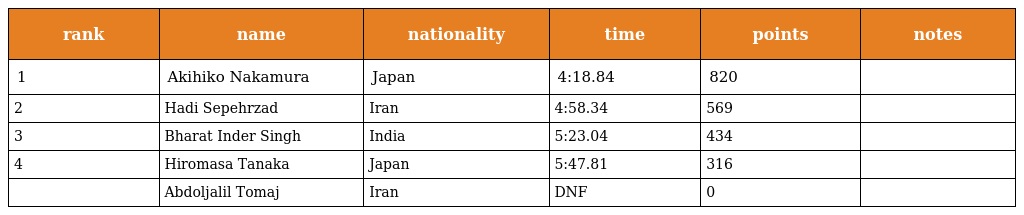
| rank | name | nationality | time | points | notes |
 | --- | --- | --- | --- | --- | --- |
 | 1 | Akihiko Nakamura | Japan | 4:18.84 | 820 |  |
 | 2 | Hadi Sepehrzad | Iran | 4:58.34 | 569 |  |
 | 3 | Bharat Inder Singh | India | 5:23.04 | 434 |  |
 | 4 | Hiromasa Tanaka | Japan | 5:47.81 | 316 |  |
 |  | Abdoljalil Tomaj | Iran | DNF | 0 |  |